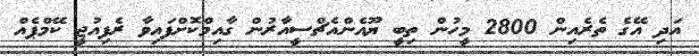
އަދި އޭގެ ތެރެއިން 2800 މީހުން ތިބީ ޔޫއެންއެޗްސީއާރުން ގާއިމްކޮށްފައިވާ ރެފިއުޖީ ކޭމްޕެއް